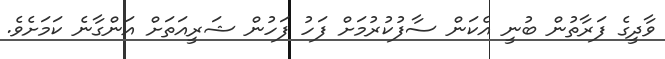
ވާދީގެ ފަރާތުން ބުނީ އެކަން ސާފުކުރުމަށް ފަހު ފަހުން ޝަރީއަތަށް އަންގާނެ ކަމަށެވެ.